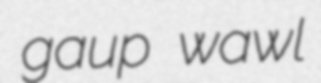
gaup wawl